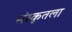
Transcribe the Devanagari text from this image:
संस्कृतला